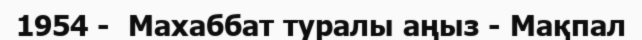
1954 -  Махаббат туралы аңыз - Мақпал